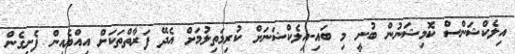
އިލެކްޝަންސް ކޮމިޝަނުން ބުނީ މި ބައި-އިލެކްޝަނަށް ކުރިމަތިލުމަށް އެދޭ ފަރާތްތަކަށް އިއްޔެއިން ފެށިގެން